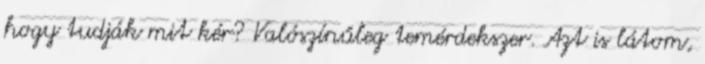
hogy tudják mit kér? Valószínűleg temérdekszer. Azt is látom,